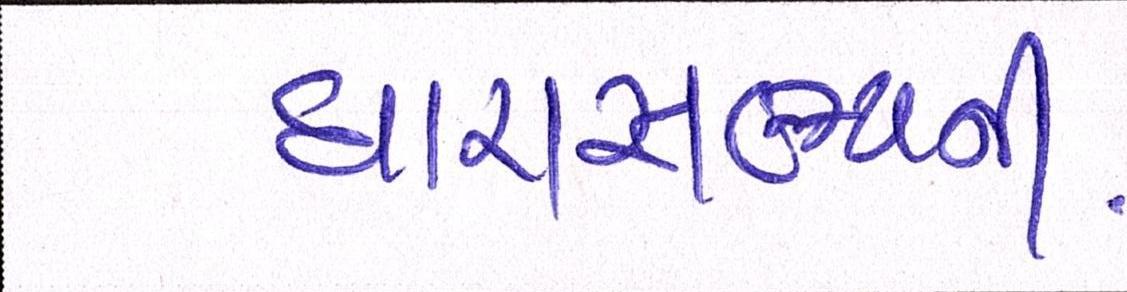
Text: ધારાસભ્યની